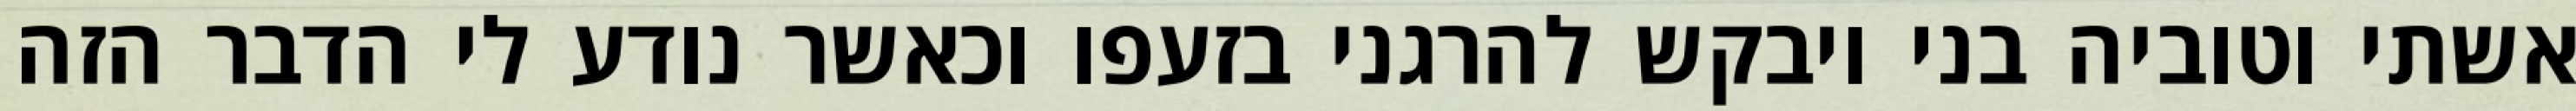
אשתי וטוביה בני ויבקש להרגני בזעפו וכאשר נודע לי הדבר הזה